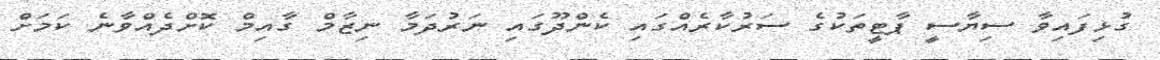
ގުޅިފައިވާ ސިޔާސީ ޕާޓީތަކުގެ ސަރުކާރެއްގައި ކެންދޫގައި ނަރުދަމާ ނިޒާމް ގާއިމް ކޮށްދެއްވާނެ ކަމަށް